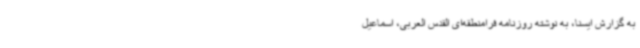
به گزارش ایسنا، به نوشته روزنامه فرامنطقه‌ای القدس العربی، اسماعیل